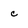
Character: c